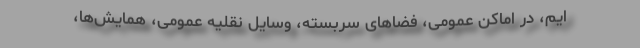
ایم، در اماکن عمومی، فضاهای سربسته، وسایل نقلیه عمومی، همایش‌ها،